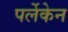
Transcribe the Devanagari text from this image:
पर्लेकेन